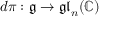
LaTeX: d \pi : { \mathfrak { g } } \to { \mathfrak { g l } } _ { n } ( \mathbb { C } )